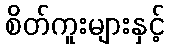
စိတ်ကူးများနှင့်